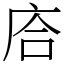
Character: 𢈈